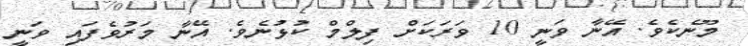
މޫނެކެވެ. އޭނާ ވަނީ 10 ވަރަކަށް ފިލްމް ކުޅުނެވެ. އޭނާ މަރުވެފައި ވަނީ